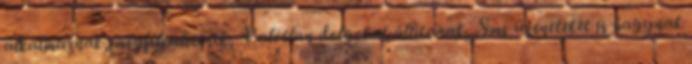
alkalmaznak, megfélemlítenek, Valótlan dolgokat állítanak, Sms üzeneteket is hagynak